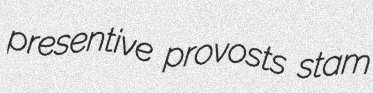
presentive provosts stam